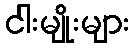
ငါးမျိုးများ